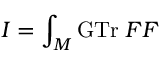
I = \int _ { M } \mathrm { G T r } \; { \cal F F }